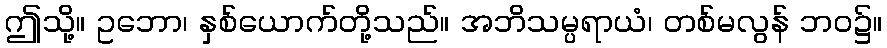
ဤသို့။ ဥဘော၊ နှစ်ယောက်တို့သည်။ အဘိသမ္ပရာယံ၊ တစ်မလွန် ဘဝ၌။